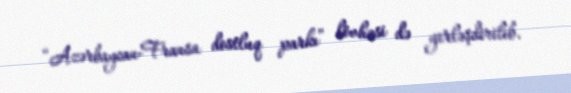
“Azərbaycan-Fransa dostluq parkı” lövhəsi də yerləşdirilib.